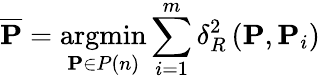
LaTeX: \mathbf{\overline{{P}}}=\underset{\mathbf{P}\in P(n)}{\operatorname{argmin}}\sum_{i=1}^{m}\delta_{R}^{2}\left(\mathbf{P},\mathbf{P}_{i}\right)